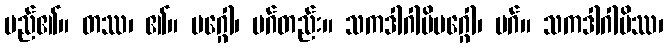
မည်၏။ တဿ၊ ၏။ မဂ္ဂေါ၊ မဂ်တည်း။ သကဒါဂါမိမဂ္ဂေါ၊ မဂ်။ သကဒါဂါမိဿ၊